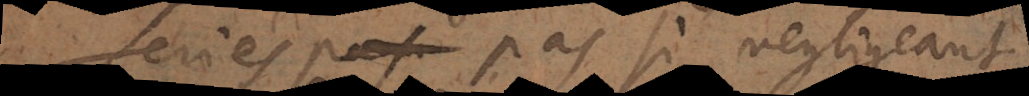
seriés pas si negligeant,